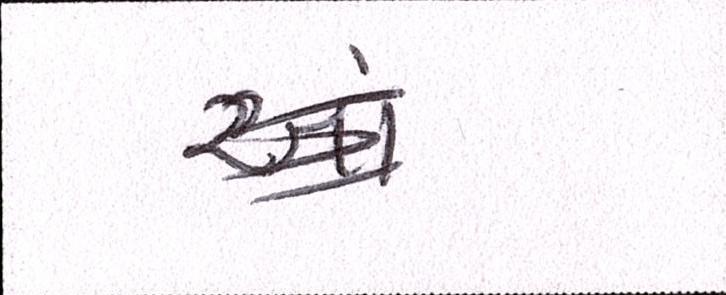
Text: આરે